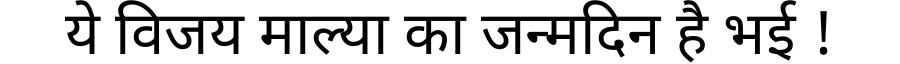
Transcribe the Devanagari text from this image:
ये विजय माल्या का जन्मदिन है भई !